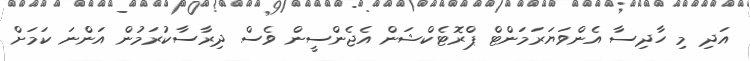
އަދި މި ހާދިސާ އެންވަޔަރަމަންޓް ޕްރޮޓެކްޝަން އެޖެންސީން ވެސް ދިރާސާކުރަމުން އަންނަ ކަމަށް